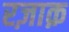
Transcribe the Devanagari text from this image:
रज़ाक़